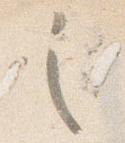
之